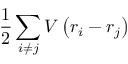
{ \frac { 1 } { 2 } } \sum _ { i \neq j } V \left( r _ { i } - r _ { j } \right)